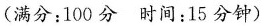
(满分：100分 时间：15分钟)